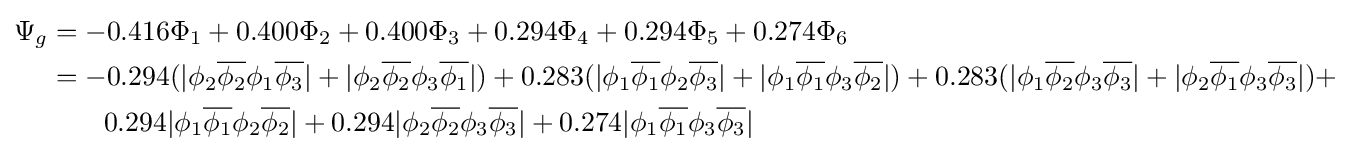
{\begin{aligned}\Psi _{g}&=-0.416\Phi _{1}+0.400\Phi _{2}+0.400\Phi _{3}+0.294\Phi _{4}+0.294\Phi _{5}+0.274\Phi _{6}\\&=-0.294(|\phi _{2}{\overline {\phi _{2}}}\phi _{1}{\overline {\phi _{3}}}|+|\phi _{2}{\overline {\phi _{2}}}\phi _{3}{\overline {\phi _{1}}}|)+0.283(|\phi _{1}{\overline {\phi _{1}}}\phi _{2}{\overline {\phi _{3}}}|+|\phi _{1}{\overline {\phi _{1}}}\phi _{3}{\overline {\phi _{2}}}|)+0.283(|\phi _{1}{\overline {\phi _{2}}}\phi _{3}{\overline {\phi _{3}}}|+|\phi _{2}{\overline {\phi _{1}}}\phi _{3}{\overline {\phi _{3}}}|)+\\&\quad \quad 0.294|\phi _{1}{\overline {\phi _{1}}}\phi _{2}{\overline {\phi _{2}}}|+0.294|\phi _{2}{\overline {\phi _{2}}}\phi _{3}{\overline {\phi _{3}}}|+0.274|\phi _{1}{\overline {\phi _{1}}}\phi _{3}{\overline {\phi _{3}}}|\end{aligned}}